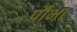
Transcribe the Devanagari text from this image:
पौभा